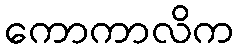
ကောကာလိက